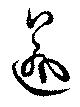
逾